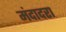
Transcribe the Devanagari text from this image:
मंदादरा